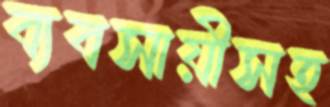
ব্যবসায়ীসহ